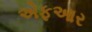
એફઆર